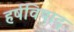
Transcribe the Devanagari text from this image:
हर्षविषाद